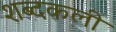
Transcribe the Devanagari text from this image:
शब्दकली